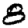
Digit: 8